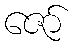
ဇော်